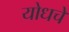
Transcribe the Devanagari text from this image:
योधचे